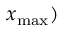
x _ { \operatorname* { m a x } } )